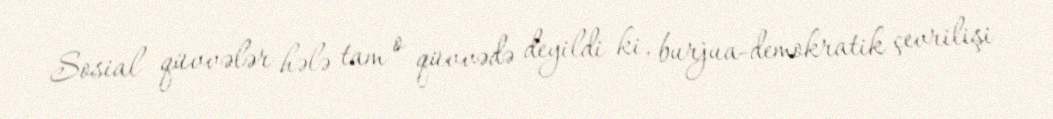
Sosial qüvvələr hələ tam o qüvvədə deyildi ki, burjua-demokratik çevrilişi